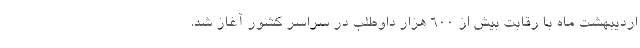
اردیبهشت ماه با رقابت بیش از ۶۰۰ هزار داوطلب در سراسر کشور آغاز شد.